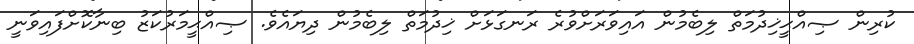
ކުރިން ޞިއްޙީޚިދުމަތް ލިބެމުން އައިވަރަށްވުރެ ރަނގަޅަށް ޚިދުމަތް ލިބެމުން ދިޔައެވެ. ޞިއްޙީމަރުކަޒު ބިނާކޮށްފައިވަނީ